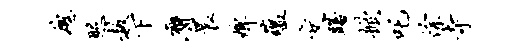
魂照赦下膺晨婢蕴交躇掀吒徐寺